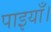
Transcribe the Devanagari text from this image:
पाइयाँ।